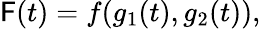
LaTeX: \mathsf{F}(t)=f(g_{1}(t),g_{2}(t)),